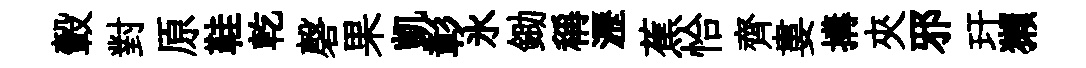
轂對原鞋乾磬果凱彰氷鋤稱瀝蕉恰齊婁搆夾邪玕獺